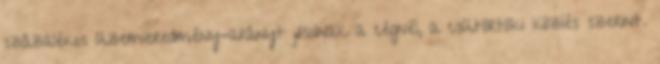
százalékos üzemieredmény-arányt jósolnak a cégnél, a csütörtöki közlés szerint.